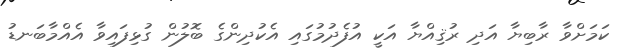
ކަމަށްވާ ރާބިޔާ އަދި ރުޤިއްޔާ އަކީ އުފެދުމުގައި އެކުދިންގެ ބޮލުން ގުޅިފައިވާ އެއްމާބަނޑު